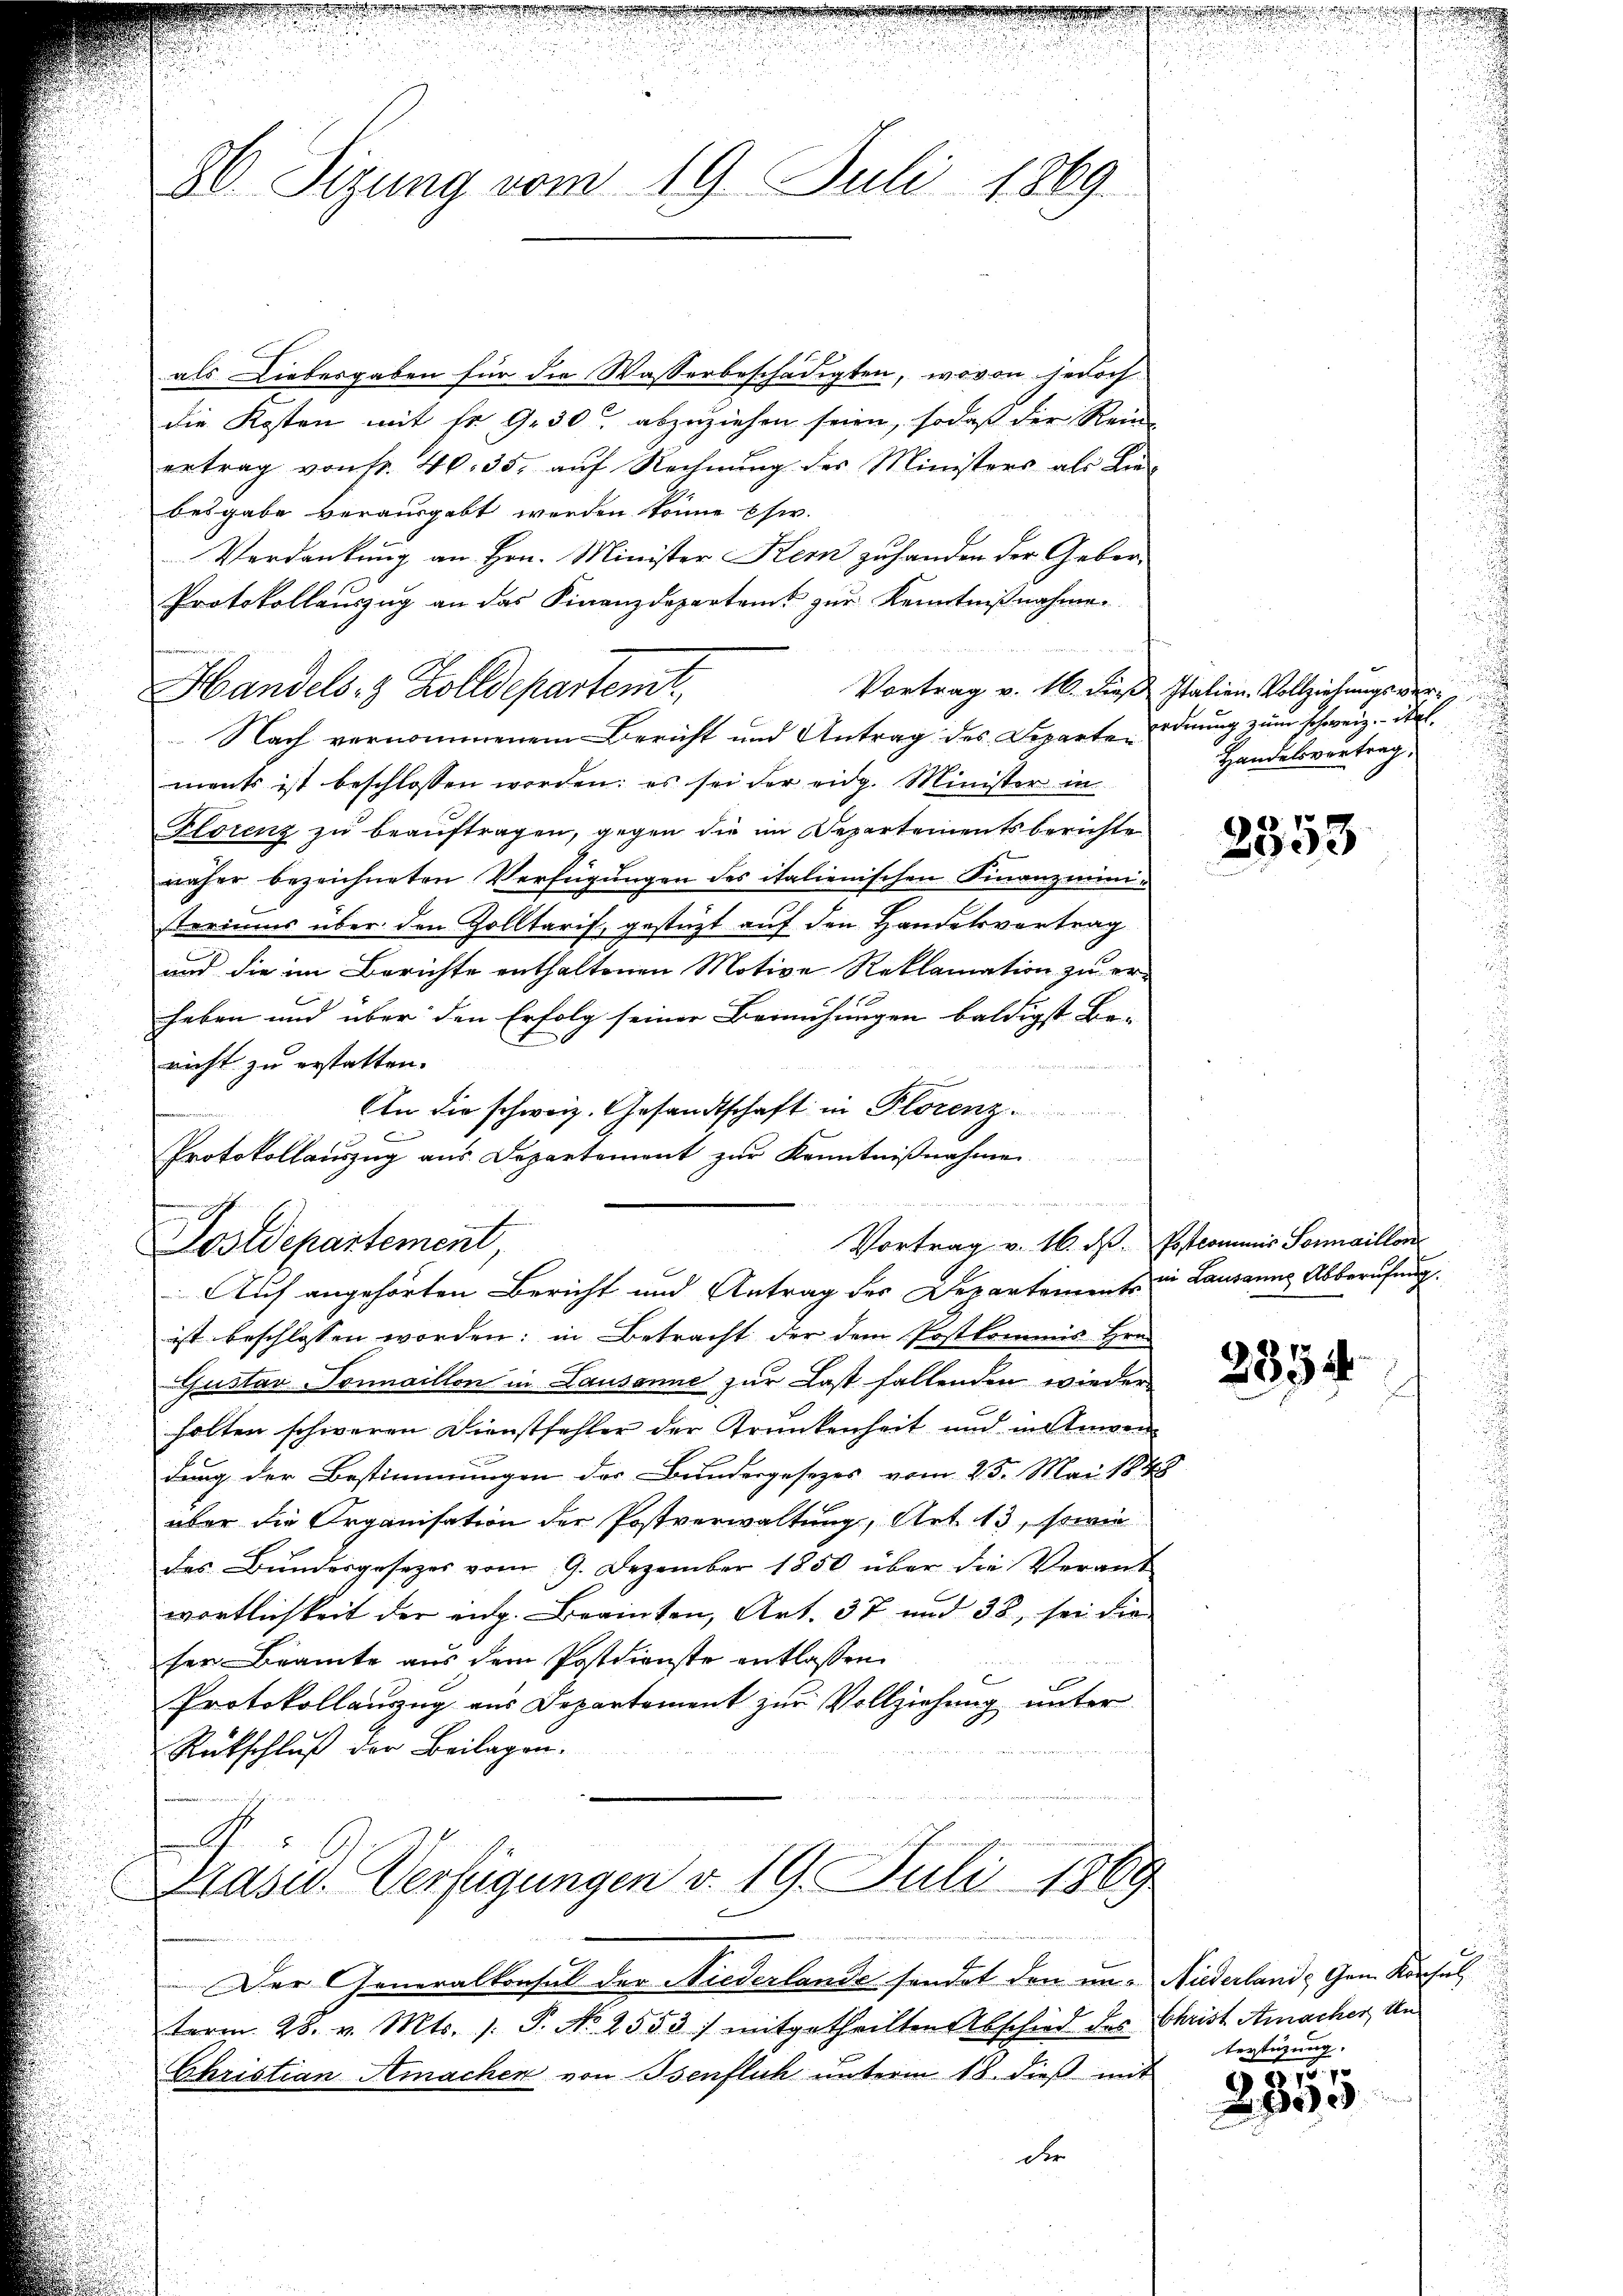
86. Sizung vom 19. Juli 1869

als Liebesgaben für die Wasserbeschädigten, wovon jedoch
die Kosten mit fr. 930 abzuziehen seien, sodaß der Rein-
ertrag von fr. 40. 35. aŭf Rechnŭng des Ministers als Lie-
besgabe verausgabt werden könne Eser.
Verdankung an Hrn. Minister Kern zuhanden der Gebor¬
Protokollauszug an das Finanzdepartamt zur Kenntnißnahmen
Handels- & Zolldepartent
Nach vernommenem Bericht und Antrag des Departe ordnung zum schweiz. Stelments ist beschlossen worden: es sei der eidg. Minister in
Florenz zu beauftragen, gegen die im Departementsberichte
näher bezeichneten Verfügungen des italienischen Finanzministeriums über den Zolltarif, gestüzt auf den Handelsvortrag
und die im Berichte enthaltenen Motive Reklamation zu er-
heben und über den Erfolg seiner Bemühungen baldigst Be-
richt zu erstatten.
In die schweiz. Gesandtschaft in Florenz.
Protokollauszug aus Departement zur Kenntnißnahme
u

Vortrag v. 16. d. Postcommis Sermaillor
Sos Departement,
Auf angehörten Bericht und Antrag des Departements in Lausanns Abberufung.
ist beschlossen worden; in Betracht der dem Postkommis Hrn.
Gustav-Tommaillon in Lausanne zur Last fallenden wieder
holten schweren Dienstfehler der Trunkenheit und in Anwen
dung der Bestimmungen der Bundesgesetzes vom 25. Mai 1888
über die Organisation der Postverwaltung, Art. 13, sowie
des Bundesgesezes vom 9. Dezember 1850 über die Verant
wortlichkeit der eidg. Beamten, Art. 37 und 38, sei die
ser Beamte aus dem Postdienste entlassen.
Protokollauszug aus Departement zur Vollziehung unter
Rückschluß der Beilagen.
A.
1
Nasw. Verfügungen v. 19. Juli
Der Generalkonsul der Niederlande sendet den un- Niederlande Gem. Konsul
term 28. v. Mts. /: P. No 2553) mitgetheilten Abschied des Christ Amacher Un-
Christian Hinachen von Isenflich unterm 18. dieß mit

der

Vortrag v. 16. dieβ Italien Vollziehŭngsver¬
Handelsvortrag,

2353

.

d

2354

terstüzung.

70. 7
99